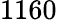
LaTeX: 1160